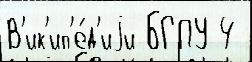
В'ик'ип'е́д'иjи БГПУ 4